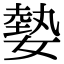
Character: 𡠦